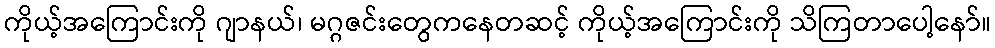
ကိုယ့်အကြောင်းကို ဂျာနယ်၊ မဂ္ဂဇင်းတွေကနေတဆင့် ကိုယ့်အကြောင်းကို သိကြတာပေါ့နော်။